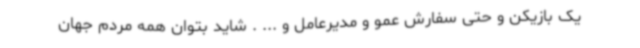
یک بازیکن و حتی سفارش عمو و مدیرعامل و ... . شاید بتوان همه مردم جهان